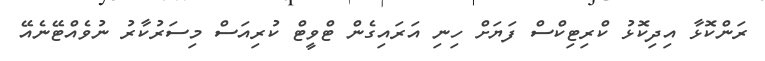
ރަންކޮޅާ އިދިކޮޅު ކްރިޓިކްސް ފަޔަށް ހިނި އަރައިގެން ޓްވީޓް ކުރިއަސް މިސަރުކާރު ނުވެއްޓޭނެއޭ